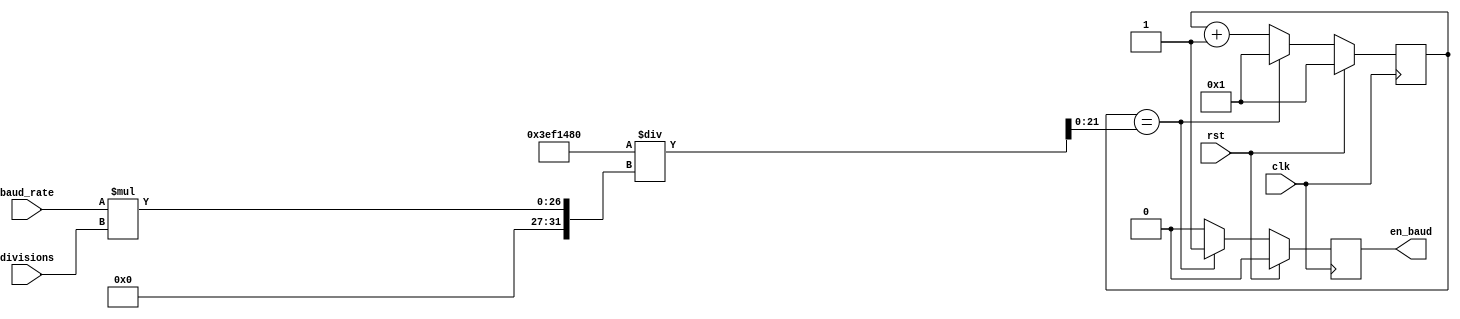
`timescale 1ns / 1ps

module Baud_rate_generator(
    input clk,                           // frequency of FPGA clk
    input rst,                          // reset when signal is 1
    input [21:0] baud_rate,             // baud rate of COM (9600, 19200,115200 etc,.)
    input [4:0] divisions,              // factor to increase the baud rate (8,16)
    output reg en_baud=0 );             // baud rate generation
    
    reg [9:0] counter=1;
    wire [21:0] cycles = 66_000_000/(baud_rate*divisions);
    
    always @(posedge clk)
    begin
        if(rst) begin
                counter<= 1;
                en_baud<=0;
        end
        else if(counter==cycles) begin
            en_baud<=1;
            counter<=1;
        end
        else begin
            counter<=counter+1;
            en_baud<=0;
        end
        
    end 
endmodule